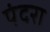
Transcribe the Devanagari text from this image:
पंदरा